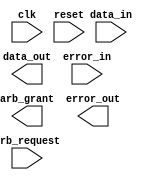
module ahb_controller (
  input wire clk,           //Clock signal input
  input wire reset,         //Reset signal input
  input wire data_in,       //Data input from devices
  output wire data_out,     //Data output to devices
  input wire arb_request,   //Bus arbitration request signal
  output wire arb_grant,    //Bus arbitration grant signal
  input wire error_in,      //Error input signal
  output wire error_out     //Error output signal
);

//Clock signal generation and synchronization logic
wire clock_sync;
reg clock_counter;

always @(posedge clk or posedge reset) begin
  if (reset) begin
    clock_counter <= 0;
  end else begin
    clock_counter <= clock_counter + 1;
  end
end

assign clock_sync = (clock_counter == 0);

//Data transfer management logic
always @(posedge clock_sync or posedge reset) begin
  //Logic for handling data transfers between devices
  //Implementing error checking and correction mechanisms
  //Ensuring proper timing and data integrity in communication
end

//Bus arbitration and prioritization logic
always @(posedge clock_sync) begin
  //Logic for managing bus arbitration and prioritization
  //Generating bus arbitration grant signal
end

endmodule